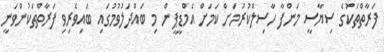
ފަރާތްތަކުގެ ސިޔާސީ މަންފާ ހާސިލްކުރުމަށް ކަމަށް އެމްޑީޕީން މި ބައްދަލުވުމުގައި ބައިވެރިވި ފަރާތްތަކުންވަނީ